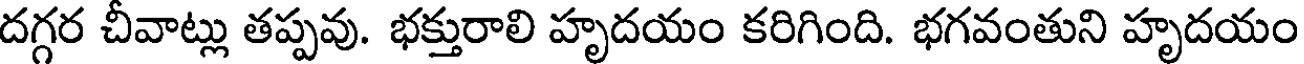
దగ్గర చీవాట్లు తప్పవు. భక్తురాలి హృదయం కరిగింది. భగవంతుని హృదయం